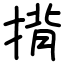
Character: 揹